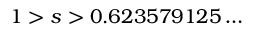
1 > s > 0 . 6 2 3 5 7 9 1 2 5 \ldots